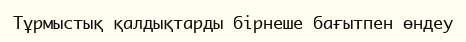
Тұрмыстық қалдықтарды бірнеше бағытпен өндеу